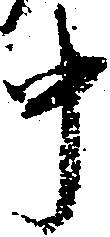
中